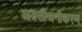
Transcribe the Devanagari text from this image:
आक्सीजनीकरण